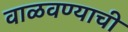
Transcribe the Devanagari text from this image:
वाळवण्याची